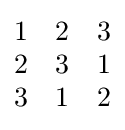
{\begin{matrix}1&2&3\\2&3&1\\3&1&2\end{matrix}}